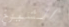
الشيوخ